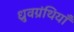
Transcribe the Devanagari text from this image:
ध्रुवग्रंथियाँ